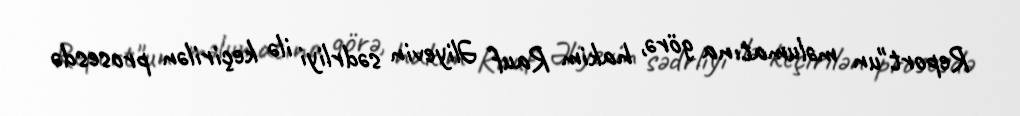
Report"un məlumatına görə, hakim Rauf Əliyevin sədrliyi ilə keçirilən prosesdə